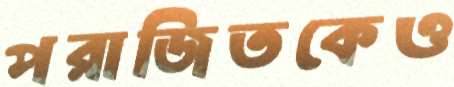
পরাজিতকেও